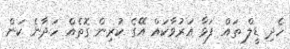
ހެދި ޑީލް ތައް ފަޅާ އަރުވާކައް އޭގެ ކުރިން ގޮތެއް ހަދާނެ ކަން